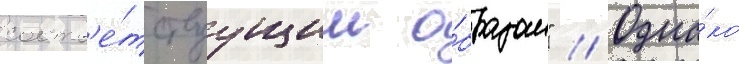
соотв'е́тствуущим о́бразом" // Одна́ко